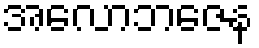
အလောဘဇေန